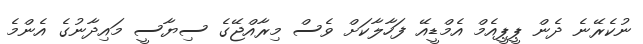
ނުކެރޭނެ ދެން ޕީޕީއެމް އެމްޑީއޭ ފަހާލާކަށް ވެސް މިރާއްޖޭގެ ސިޔާސީ މައިދާނުގެ އެންމެ